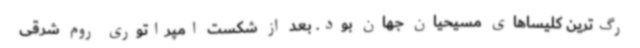
رگ‌ترین کلیساهای مسیحیان جهان بود. بعد از شکست امپراتوری روم شرقی